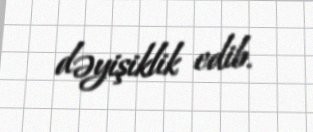
dəyişiklik edib.